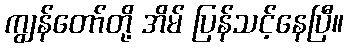
ကျွန်တော်တို့ အိမ် ပြန်သင့်နေပြီ။